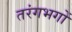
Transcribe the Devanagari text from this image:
तरंगभगों